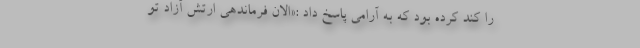
را کُند کرده بود که به آرامی پاسخ داد :«الان فرماندهی ارتش آزاد تو